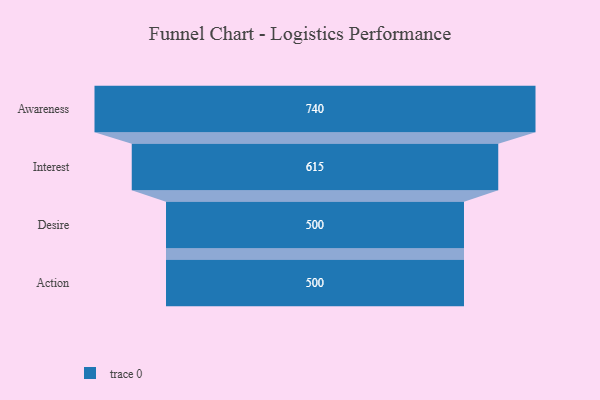
{"axis": {"x": "Stage", "y": "Value"}, "legend": [""], "data": [{"x": "Awareness", "y": 740.0, "type": ""}, {"x": "Interest", "y": 615.0, "type": ""}, {"x": "Desire", "y": 500, "type": ""}, {"x": "Action", "y": 500, "type": ""}]}